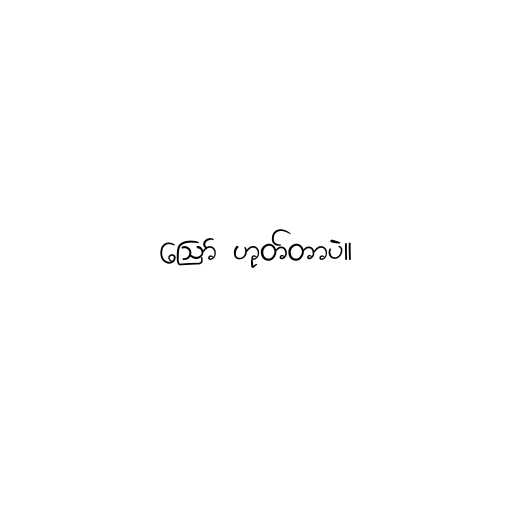
ဪ ဟုတ်တာပဲ။